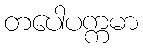
တပေါပက္ကမာ